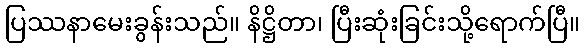
ပြဿနာမေးခွန်းသည်။ နိဋ္ဌိတာ၊ ပြီးဆုံးခြင်းသို့ရောက်ပြီ။